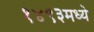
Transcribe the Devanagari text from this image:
१४९३मध्ये